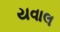
યવાલ